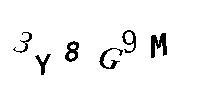
3Y8G9M